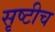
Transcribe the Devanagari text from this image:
सृष्टीच